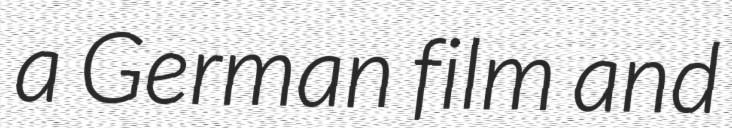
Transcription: a German film and